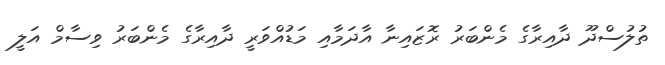
ތުލުސްދޫ ދާއިރާގެ މެންބަރު ރޮޒައިނާ އާދަމާއި މަޑުއްވަރީ ދާއިރާގެ މެންބަރު ވިސާމް އަލީ